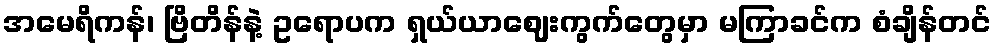
အမေရိကန်၊ ဗြိတိန်နဲ့ ဥရောပက ရှယ်ယာဈေးကွက်တွေမှာ မကြာခင်က စံချိန်တင်